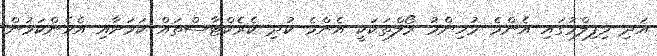
އަދި މިފިލްމުގައި އެންމެ މުހިންމު ރޯލްތަކަކީ އެންމެ ކުދި ކެރެކްޓާސްތައް ކަމަށާއި އެހެންކަމުން